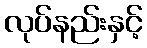
လုပ်နည်းနှင့်